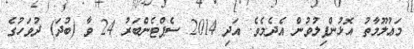
މަޢުލޫމާތު އޮޅުންފިލުވުން އެދެމެވެ. އަދި 2014 ސެޕްޓެންބަރު 24 ވާ (ބުދަ) ދުވަހުގެ